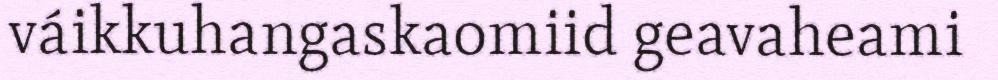
váikkuhangaskaomiid geavaheami